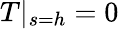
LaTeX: T|_{s=h}=0